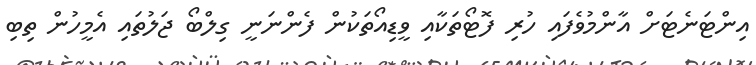
އިންޓަނެޓަށް އާންމުވެފައި ހުރި ފޮޓޯތަކާއި ވީޑިއޯތަކުން ފެންނަނީ ގިލްބޯ ޖަލުތައި އެމީހުން ތިބި